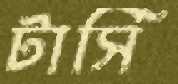
টার্সি